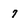
Character: 7